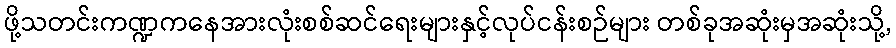
ဖို့သတင်းကဏ္ဍကနေအားလုံးစစ်ဆင်ရေးများနှင့်လုပ်ငန်းစဉ်များ တစ်ခုအဆုံးမှအဆုံးသို့,